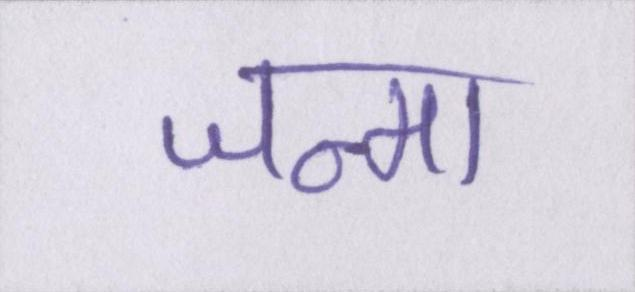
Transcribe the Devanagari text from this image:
जन्मा